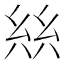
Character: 𢇃